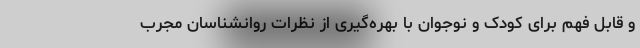
و قابل فهم برای کودک و نوجوان با بهره‌گیری از نظرات روانشناسان مجرب